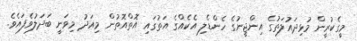
މީގެކުރީން މުޅިދައުލަތުގެ އިންޖީނުގެ ހެންޑެލި އެކެއްގެ އަތުގައި އޮތްއޮތުން މިއަދު މިވަނީ ބަދަލުވެފައެވެ.